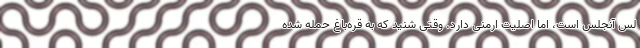
لس آنجلس است، اما اصلیت ارمنی دارد. وقتی شنید که به قره‌باغ حمله شده